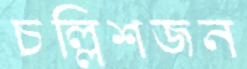
চল্লিশজন